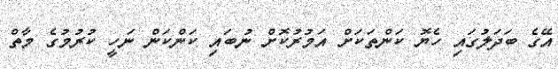
އޭގެ ބަދަލުގައި ހެޔޮ ކަންތަކަށް އަމުރުކޮށް ނުބައި ކަންކަން ނަހީ ކުރުމުގެ މާތް